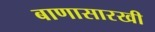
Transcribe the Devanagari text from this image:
बाणासारखी